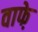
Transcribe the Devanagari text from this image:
वाफे़